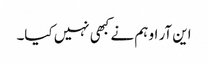
این آر او ہم نے کبھی نہیں کیا۔